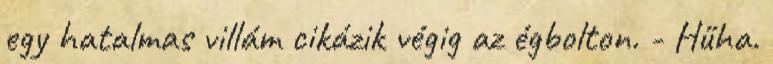
egy hatalmas villám cikázik végig az égbolton. - Hűha.